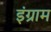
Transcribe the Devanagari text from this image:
इंग्राम